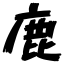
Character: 鹿